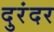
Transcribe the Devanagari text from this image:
दुरंदर